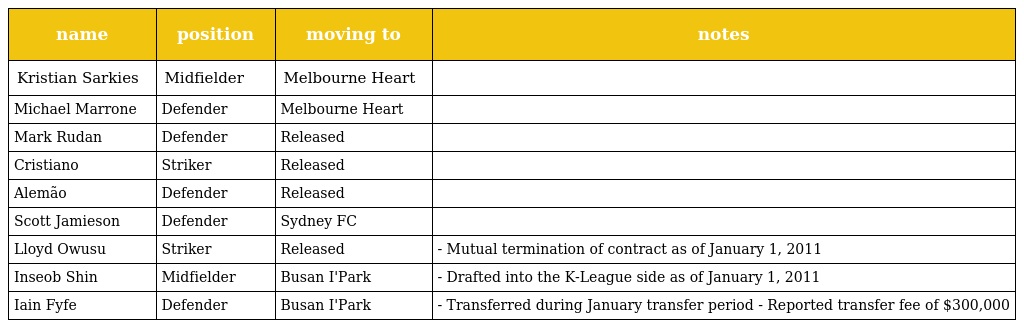
| name | position | moving to | notes |
 | --- | --- | --- | --- |
 | Kristian Sarkies | Midfielder | Melbourne Heart |  |
 | Michael Marrone | Defender | Melbourne Heart |  |
 | Mark Rudan | Defender | Released |  |
 | Cristiano | Striker | Released |  |
 | Alemão | Defender | Released |  |
 | Scott Jamieson | Defender | Sydney FC |  |
 | Lloyd Owusu | Striker | Released | - Mutual termination of contract as of January 1, 2011 |
 | Inseob Shin | Midfielder | Busan I'Park | - Drafted into the K-League side as of January 1, 2011 |
 | Iain Fyfe | Defender | Busan I'Park | - Transferred during January transfer period - Reported transfer fee of $300,000 |